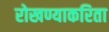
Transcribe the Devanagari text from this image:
रोखण्याकरिता